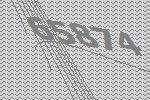
65874